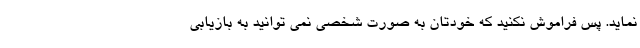
نماید. پس فراموش نکنید که خودتان به صورت شخصی نمی توانید به بازیابی